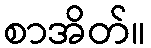
စာအိတ်။